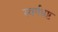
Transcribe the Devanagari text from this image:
स्वर्गभ्रष्ट